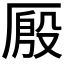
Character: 𰆤